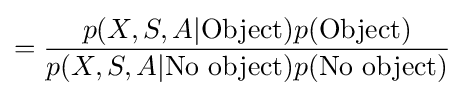
={\frac {p(X,S,A|{\mbox{Object}})p({\mbox{Object}})}{p(X,S,A|{\mbox{No object}})p({\mbox{No object}})}}